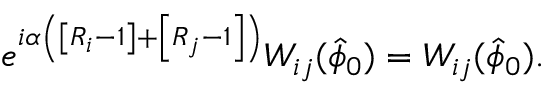
e ^ { i \alpha \left( \left[ R _ { i } - 1 \right] + \left[ R _ { j } - 1 \right] \right) } W _ { i j } ( \hat { \phi } _ { 0 } ) = W _ { i j } ( \hat { \phi } _ { 0 } ) .